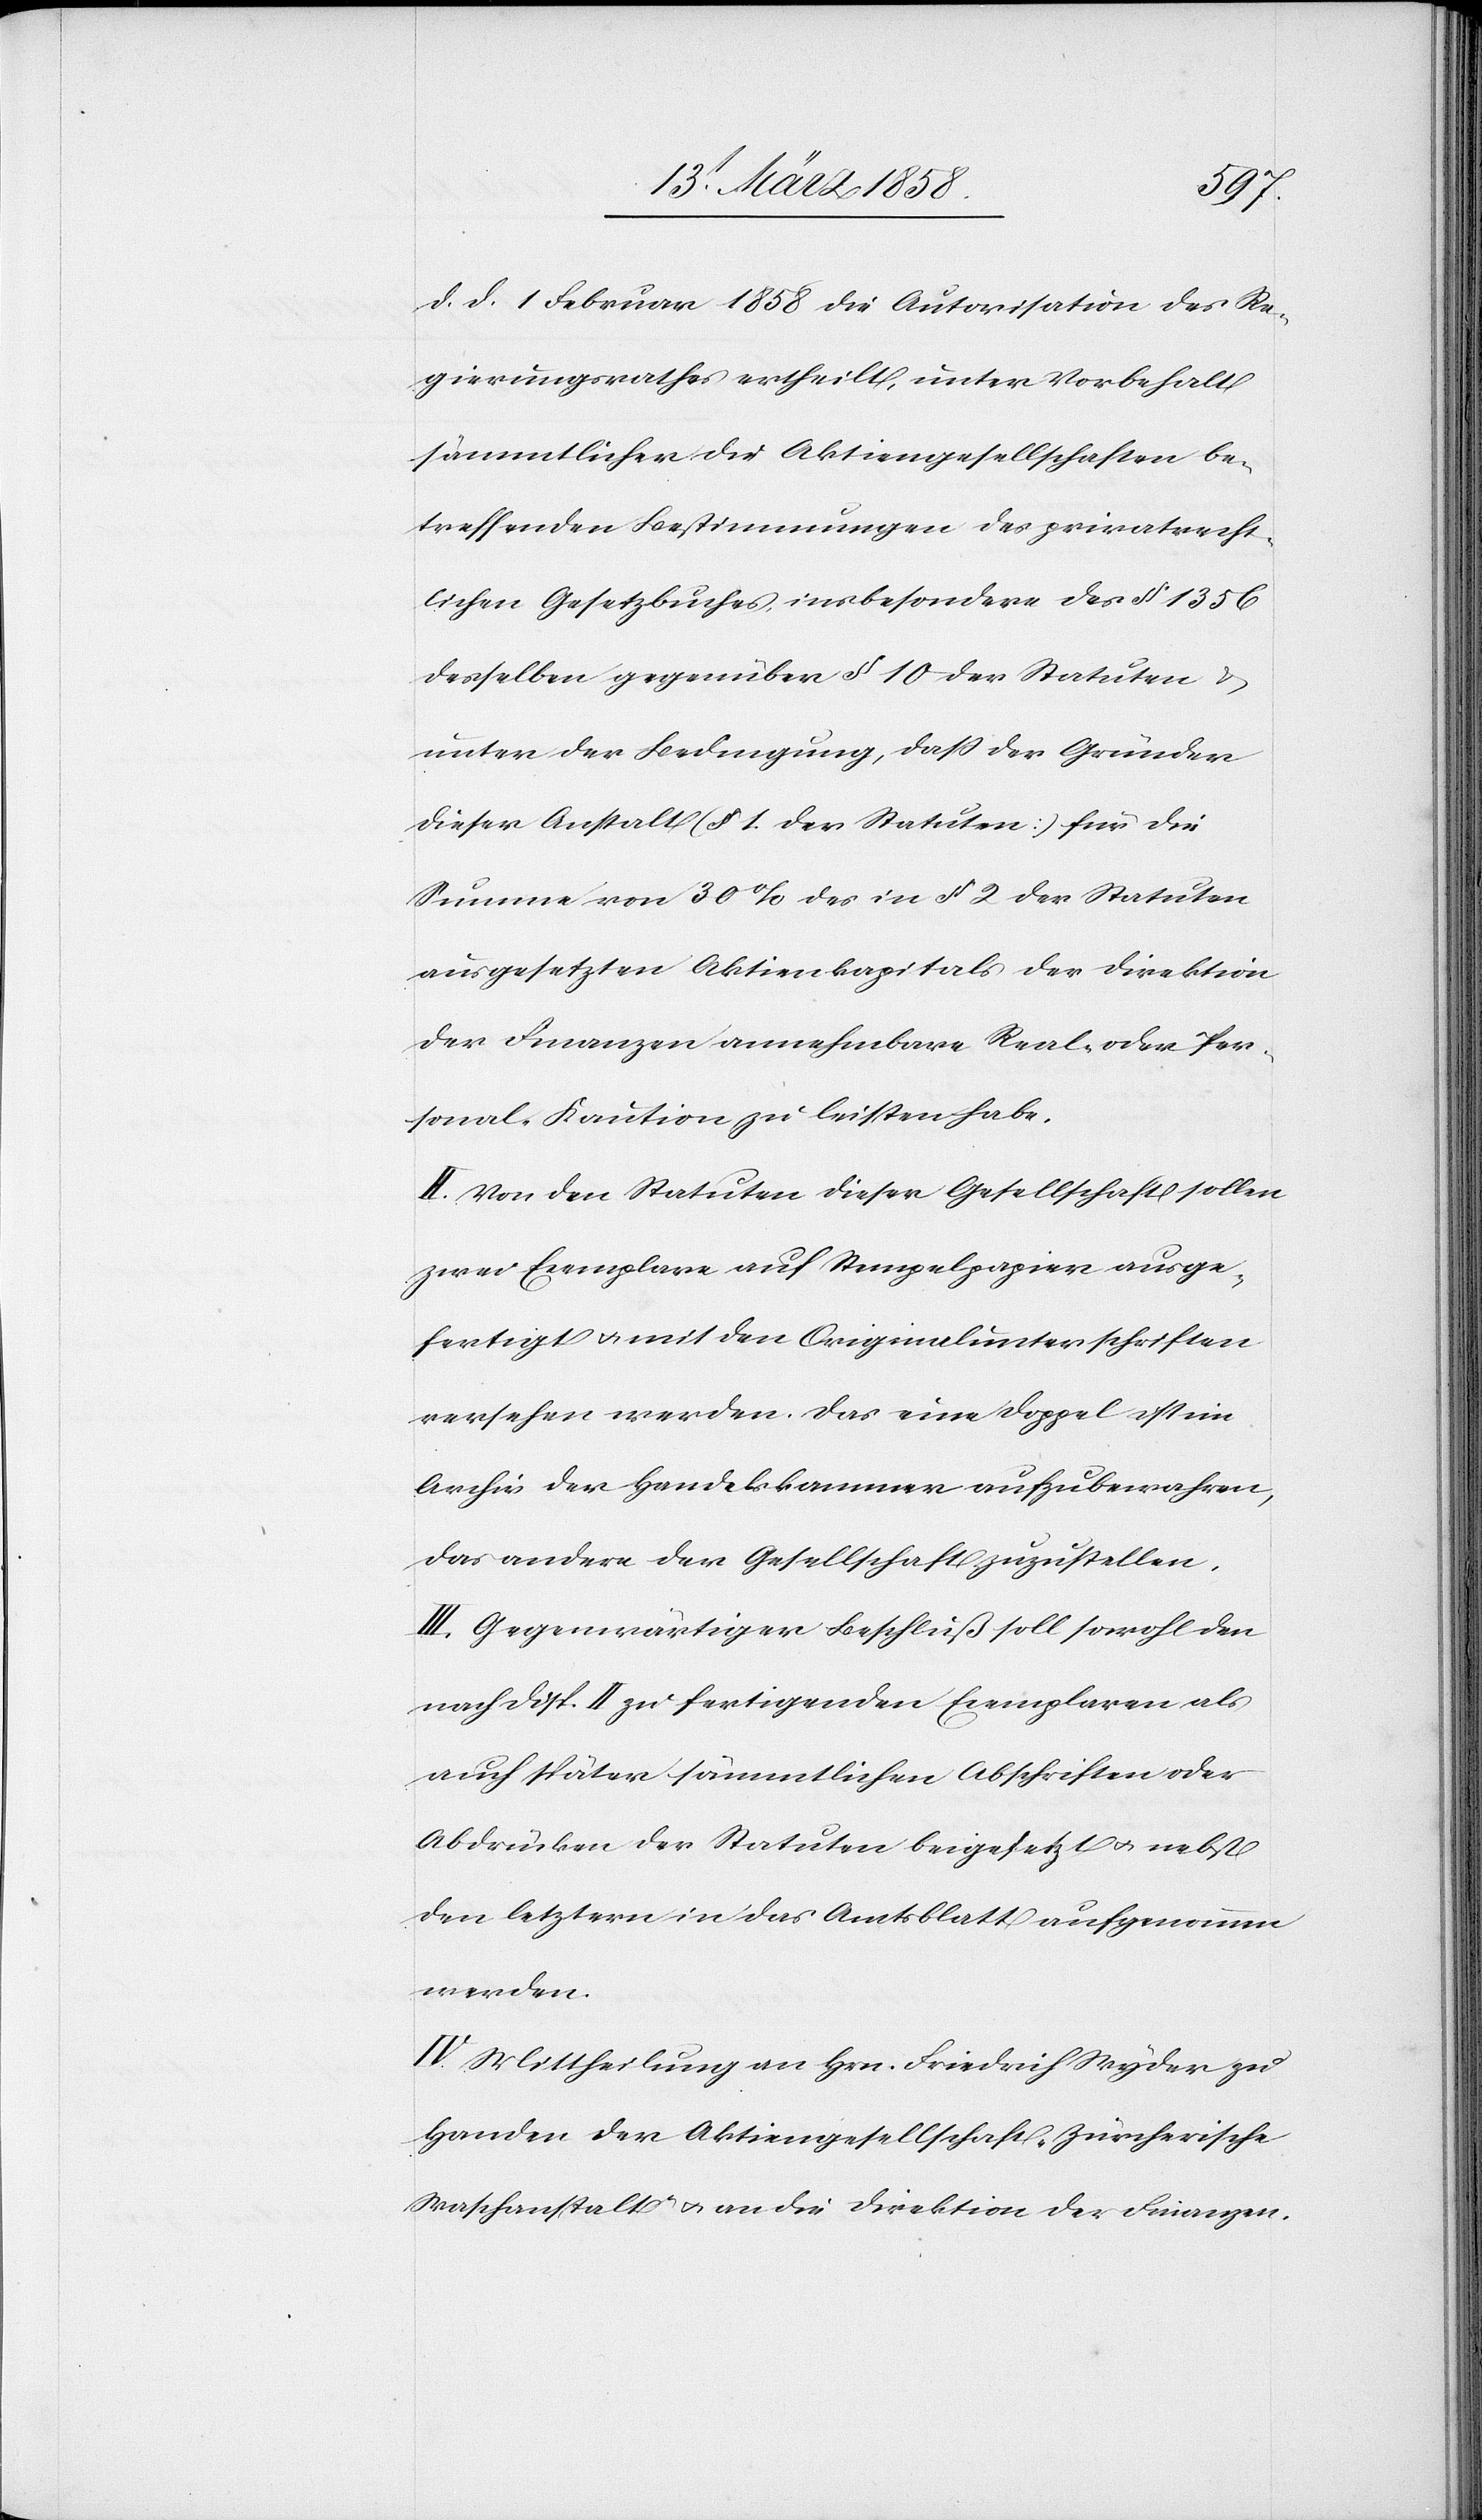
d. d. 1. Februar 1858 die Autorisation des Re¬
gierungsrathes ertheilt, unter Vorbehalt
sämmtlicher die Aktiengesellschaften be¬
treffenden Bestimmungen des privatrecht¬
lichen Gesetzbuches, insbesondere des § 1356
desselben gegenüber § 10 der Statuten u.
unter der Bedingung, daß der Gründer
dieser Anstalt (§ 1 der Statuten) für die
Summe von 30% des in § 2 der Statuten
ausgesetzten Aktienkapitals der Direktion
der Finanzen annehmbare Real- oder Per¬
sonal-Kaution zu leisten habe.
II. Von den Statuten dieser Gesellschaft sollen
zwei Exemplare auf Stempelpapier ausge¬
fertigt u. mit den Originalunterschriften
versehen werden. Das eine Doppel ist im
Archiv der Handelskammer aufzubewahren,
das andere der Gesellschaft zuzustellen.
III. Gegenwärtiger Beschluß soll sowohl den
nach Disp. II zu fertigenden Exemplaren als
auch später sämmtlichen Abschriften oder
Abdrücken der Statuten beigesetzt u. nebst
den letztern in das Amtsblatt aufgenommen
werden.
IV. Mittheilung an Hrn. Friedrich Wyder zu
Handen der Aktiengesellschaft „Zürcherische
Waschanstalt“ u. an die Direktion der Finanzen.